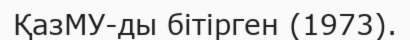
ҚазМУ-ды бітірген (1973).